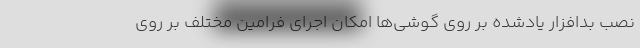
نصب بدافزار یادشده بر روی گوشی‌ها امکان اجرای فرامین مختلف بر روی